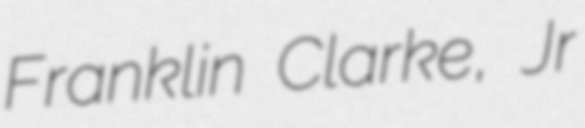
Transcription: Franklin Clarke, Jr